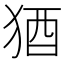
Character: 𬌲